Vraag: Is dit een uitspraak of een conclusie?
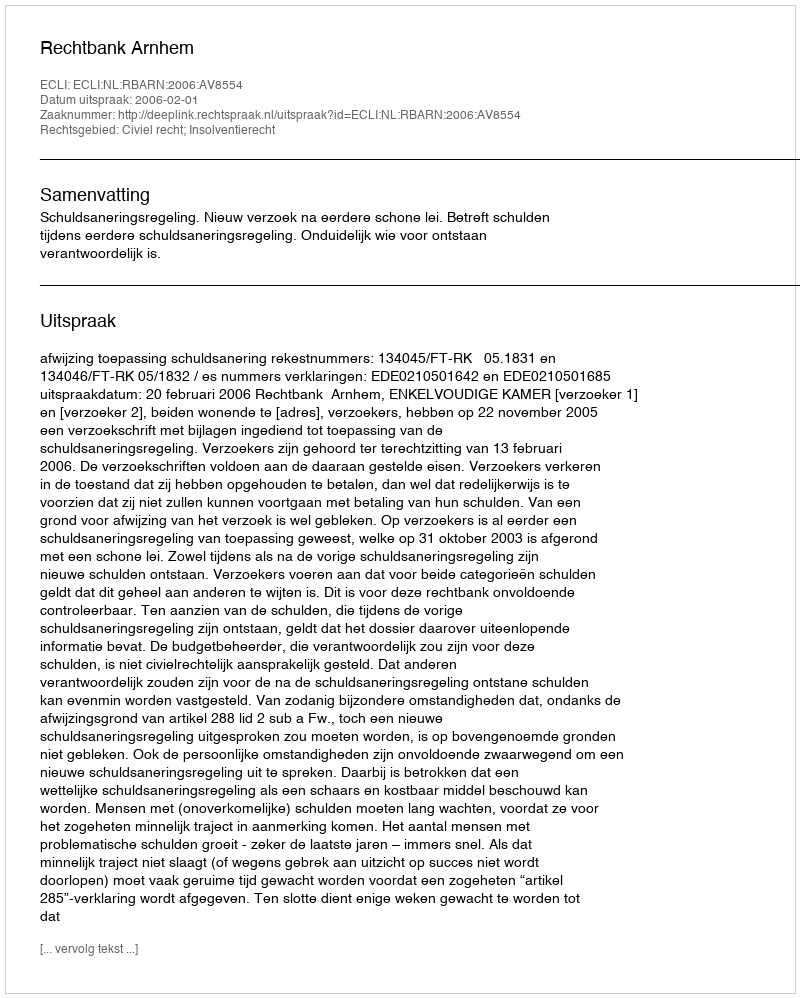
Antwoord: Uitspraak